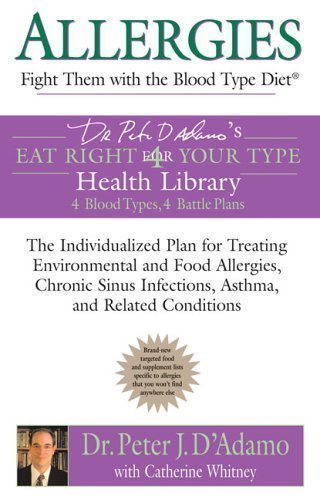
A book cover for Allergies: Fight Them with the Blood Type Diet (Dr. Peter J. D'Adamo's Eat Right 4 Your Type Health Library) Reprint Edition by D'Adamo, Peter published by Berkley Publishing Corporation,U.S. (2005); Health, Fitness & Dieting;